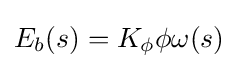
E_{b}(s)=K_{\phi }\phi \omega (s)